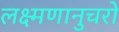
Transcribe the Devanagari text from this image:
लक्ष्मणानुचरो